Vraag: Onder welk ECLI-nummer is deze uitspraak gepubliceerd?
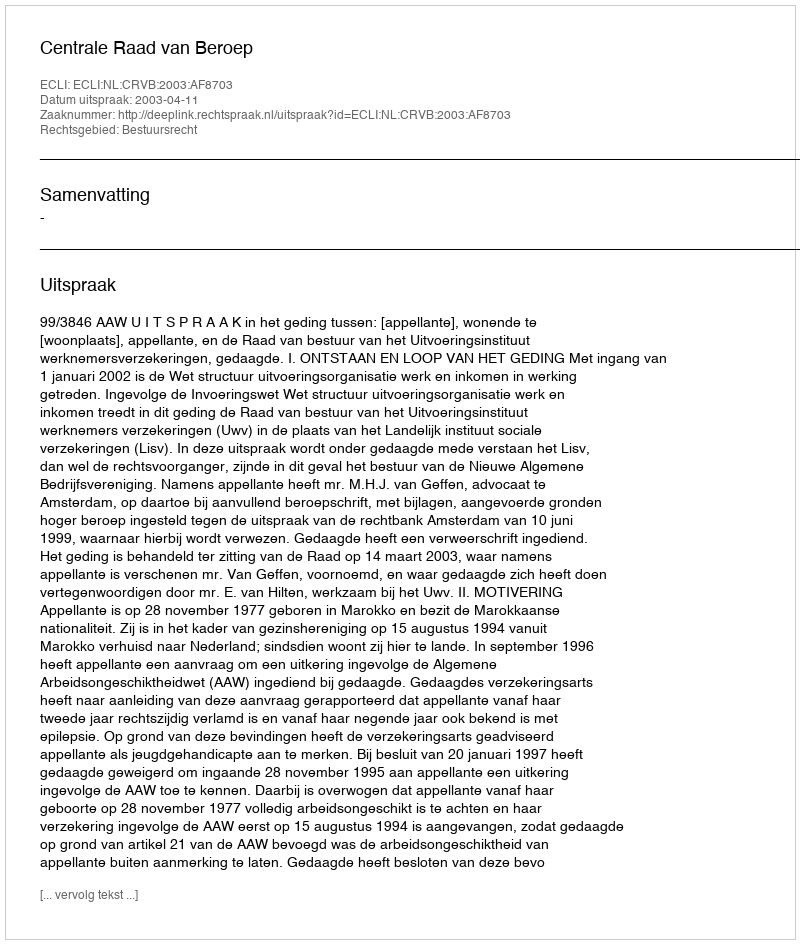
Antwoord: ECLI:NL:CRVB:2003:AF8703